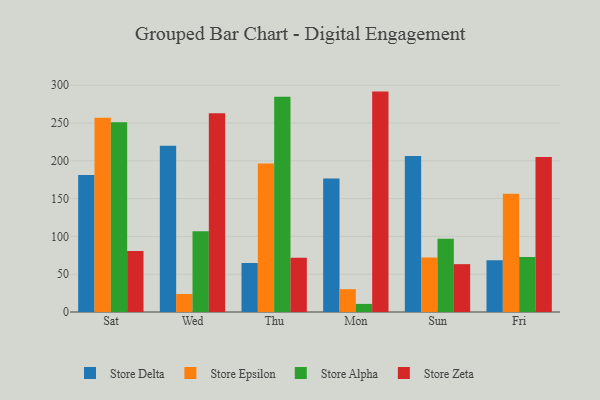
{"axis": {"x": "Day", "y": "Waste Production (Tons)"}, "legend": ["Store Alpha", "Store Delta", "Store Epsilon", "Store Zeta"], "data": [{"x": "Sat", "y": 181.4, "type": "Store Delta"}, {"x": "Sat", "y": 256.9, "type": "Store Epsilon"}, {"x": "Sat", "y": 251.0, "type": "Store Alpha"}, {"x": "Sat", "y": 80.6, "type": "Store Zeta"}, {"x": "Wed", "y": 220.0, "type": "Store Delta"}, {"x": "Wed", "y": 23.8, "type": "Store Epsilon"}, {"x": "Wed", "y": 106.9, "type": "Store Alpha"}, {"x": "Wed", "y": 263.0, "type": "Store Zeta"}, {"x": "Thu", "y": 64.8, "type": "Store Delta"}, {"x": "Thu", "y": 196.4, "type": "Store Epsilon"}, {"x": "Thu", "y": 284.8, "type": "Store Alpha"}, {"x": "Thu", "y": 71.7, "type": "Store Zeta"}, {"x": "Mon", "y": 176.6, "type": "Store Delta"}, {"x": "Mon", "y": 30.2, "type": "Store Epsilon"}, {"x": "Mon", "y": 10.7, "type": "Store Alpha"}, {"x": "Mon", "y": 291.6, "type": "Store Zeta"}, {"x": "Sun", "y": 206.5, "type": "Store Delta"}, {"x": "Sun", "y": 72.0, "type": "Store Epsilon"}, {"x": "Sun", "y": 97.0, "type": "Store Alpha"}, {"x": "Sun", "y": 63.3, "type": "Store Zeta"}, {"x": "Fri", "y": 68.4, "type": "Store Delta"}, {"x": "Fri", "y": 156.5, "type": "Store Epsilon"}, {"x": "Fri", "y": 72.7, "type": "Store Alpha"}, {"x": "Fri", "y": 205.0, "type": "Store Zeta"}]}